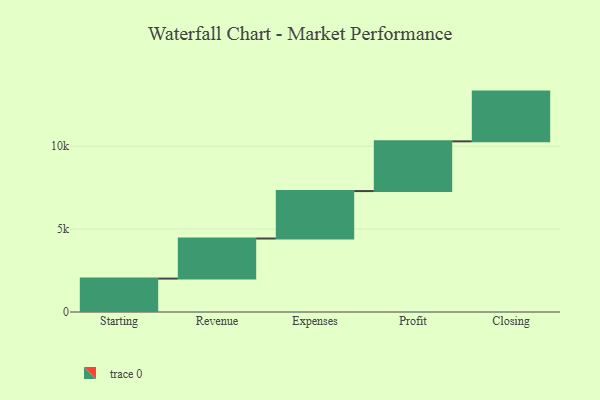
{"axis": {"x": "Step", "y": "Value"}, "legend": [""], "data": [{"x": "Starting", "y": 2016.0, "type": ""}, {"x": "Revenue", "y": 2417.0, "type": ""}, {"x": "Expenses", "y": 2861.0, "type": ""}, {"x": "Profit", "y": 3000, "type": ""}, {"x": "Closing", "y": 3000, "type": ""}]}